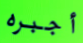
أجبره